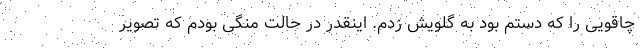
چاقویی را که دستم بود به گلویش زدم. اینقدر در حالت منگی بودم که تصویر